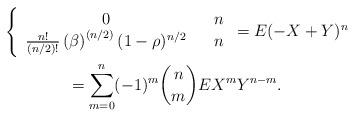
LaTeX: \begin{gather*}\left\{ \begin{array}{ccc}0 & & n \\ \frac{n!}{(n/2)!}\left( \beta \right) ^{\left( n/2\right) }(1-\rho )^{n/2} & & n\end{array}\right. =E(-X+Y)^{n}\allowbreak \\=\sum_{m=0}^{n}(-1)^{m}\binom{n}{m}EX^{m}Y^{n-m}.\allowbreak\end{gather*}